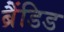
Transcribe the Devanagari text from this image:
ब्रैंडिड